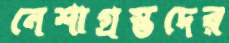
নেশাগ্রস্তদের